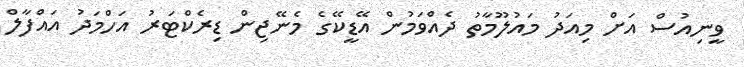
ވީނިއުސް އަށް މިއަދު މައުލޫމާތު ދެއްވަމުން އޭޑީކޭގެ މެނޭޖިން ޑިރެކްޓަރު އަހްމަދު އައްފާލް